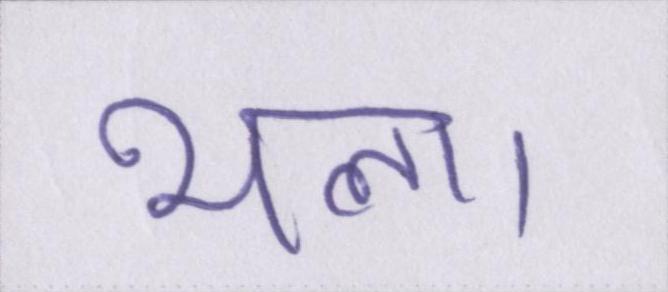
भला।